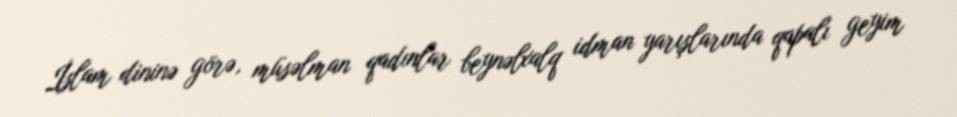
İslam dininə görə, müsəlman qadınlar beynəlxalq idman yarışlarında qapalı geyim